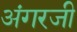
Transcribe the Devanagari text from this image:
अंगरजी